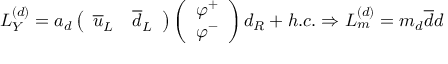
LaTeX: L _ { Y } ^ { ( d ) } = a _ { d } \left( \begin{array} { c c } { { \overline { { { u } } } _ { L } } } & { { \overline { { { d } } } _ { L } } } \end{array} \right) \left( \begin{array} { c } { { \varphi ^ { + } } } \\ { { \varphi ^ { - } } } \end{array} \right) d _ { R } + h . c . \Rightarrow L _ { m } ^ { ( d ) } = m _ { d } \overline { { { d } } } d